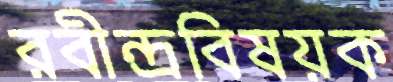
রবীন্দ্রবিষয়ক